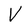
Character: V